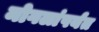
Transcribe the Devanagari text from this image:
मोगलांपर्यंत